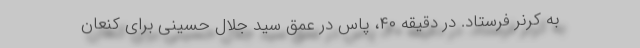
به کرنر فرستاد. در دقیقه ۴٠، پاس در عمق سید جلال حسینی برای کنعان